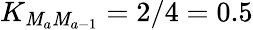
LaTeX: K_{\mathit{M}_{a}\mathit{M}_{a-1}}=2/4=0.5